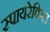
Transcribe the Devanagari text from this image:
स्पायरेकिल